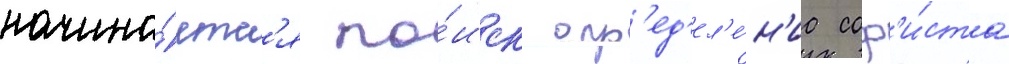
начина́етс'я по́иск опр'ед'ел'е́н'иа соф'и́ста